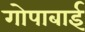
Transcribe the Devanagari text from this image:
गोपाबाई